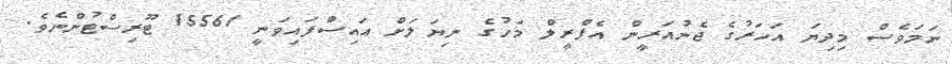
ނަމަވެސް މިދިޔަ އަހަރުގެ ޖެނުއަރީން އެޕްރީލް މަހުގެ ނިޔަލަށް އައިސްފައިވަނީ 15561 ޓޫރިސްޓުންނެވެ.